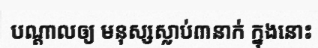
បណ្តាលឲ្យ មនុស្សស្លាប់៣នាក់ ក្នុងនោះ